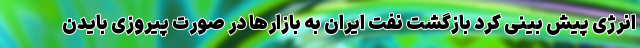
انرژی پیش بینی کرد بازگشت نفت ایران به بازارها در صورت پیروزی بایدن